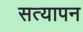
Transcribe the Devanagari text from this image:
सत्‍यापन